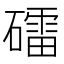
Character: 礌